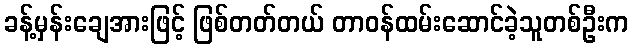
ခန့်မှန်းချေအားဖြင့် ဖြစ်တတ်တယ် တာဝန်ထမ်းဆောင်ခဲ့သူတစ်ဦးက